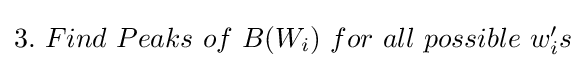
\textstyle 3.\ Find\ Peaks\ of\ B(W_{i})\ for\ all\ possible\ w_{i}'s